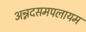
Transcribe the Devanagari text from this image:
अन्नदसमपलायम